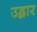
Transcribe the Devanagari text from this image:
उद्घार